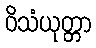
ဝိသံယုတ္တာ